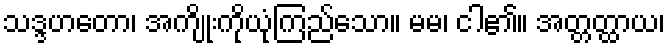
သဒ္ဒဟတော၊ အကျိုးကိုယုံကြည်သော။ မမ၊ ငါ၏။ အတ္တတ္ထာယ၊